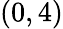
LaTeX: \left(0,4\right)